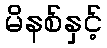
မိနစ်နှင့်